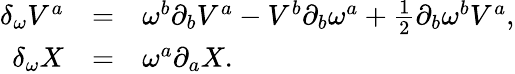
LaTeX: \begin{array}{rcl}{{\delta_{\omega}V^{a}}}&{{=}}&{{\omega^{b}\partial_{b}V^{a}-V^{b}\partial_{b}\omega^{a}+{\textstyle{\frac{1}{2}}}\partial_{b}\omega^{b}V^{a},}}\\ {{\delta_{\omega}X}}&{{=}}&{{\omega^{a}\partial_{a}X.}}\end{array}